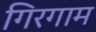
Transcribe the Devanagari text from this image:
गिरगाम